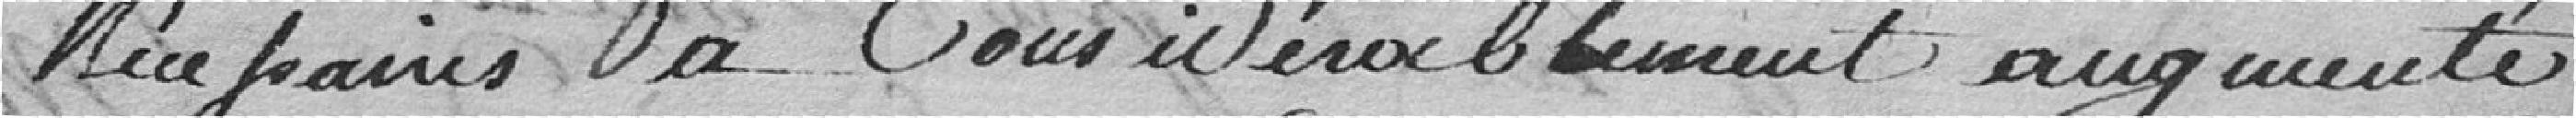
nécessaires à considérablement augmenté